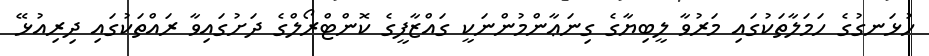
ހުޅަނގުގެ ހަމަލާތަކުގައި މަރުވާ ލީބިޔާގެ ގިނަޢާންމުންނަކީ ގައްޒާފީގެ ކޮންޓްރޯލްގެ ދަށުގައިވާ ރައްތަކުގައި ދިރިއުޅޭ